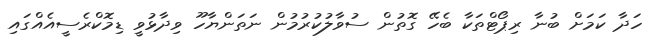
ހަދާ ކަމަށް ބުނާ ރިޕޯޓްތަކާ ބެހޭ ގޮތުން ސުވާލުކުރުމުން ނަތަންޔާހޫ ވިދާޅުވީ ޑިމޮކްރެސީއެއްގައި